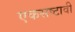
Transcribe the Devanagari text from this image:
एकसष्टावी